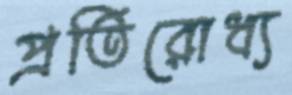
প্রতিরোধ্য